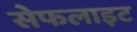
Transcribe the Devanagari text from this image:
सेफलाइट